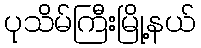
ပုသိမ်ကြီးမြို့နယ်